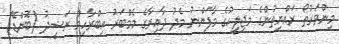
މިންވަރުތޯ ރައްޔިތުންގެ މަޖިލީހުގެ މާފަންނު މެދު ދާއިރާގެ މެމްބަރު އިބްރާހިމް ރަޝީދު (ބޮންޑޭ)